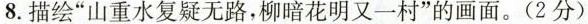
8.描绘”山重水复疑无路，柳暗花明又一村”的画面。(2分)